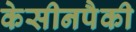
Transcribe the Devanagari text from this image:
केसीनपैकी